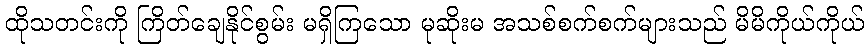
ထိုသတင်းကို ကြိတ်ချေနိုင်စွမ်း မရှိကြသော မုဆိုးမ အသစ်စက်စက်များသည် မိမိကိုယ်ကိုယ်